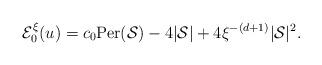
LaTeX: \begin{align*}\mathcal{E}_0^\xi(u)=c_0{\rm Per}(\mathcal{S})-4|\mathcal{S}|+4\xi^{-(d+1)}|\mathcal{S}|^2.\end{align*}